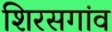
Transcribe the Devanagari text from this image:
शिरसगांव